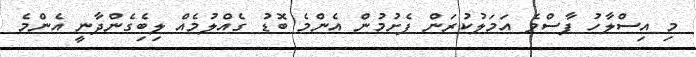
މި އިސްލާހު ފާސްވެ އަމަލުކުރަން ފެށުމުން އެންމެ ބޮޑު ގެއްލުމެއް ލިބިެގެންދާނީ އެންމެ